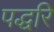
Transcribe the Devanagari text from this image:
पद्धरि